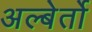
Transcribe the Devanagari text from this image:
अल्बेर्तो